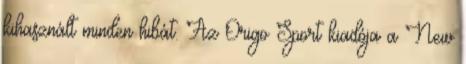
kihasznált minden hibát. Az Origo Sport kiadója a New